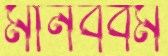
মানববর্ম